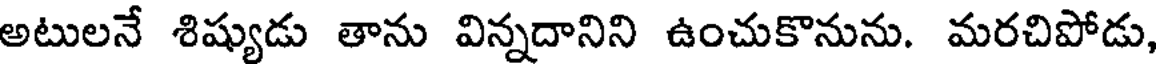
అటులనే శిష్యుడు తాను విన్నదానిని ఉంచుకొనును. మరచిపోడు,